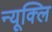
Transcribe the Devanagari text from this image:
न्यूक्लि